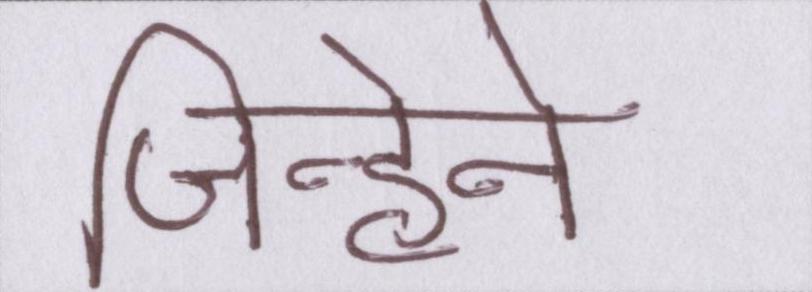
जिन्होने